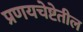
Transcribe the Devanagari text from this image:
प्रणयचेष्टेतील